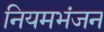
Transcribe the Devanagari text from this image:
नियमभंजन